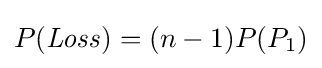
P({\mathit {Loss}})=(n-1)P(P_{1})